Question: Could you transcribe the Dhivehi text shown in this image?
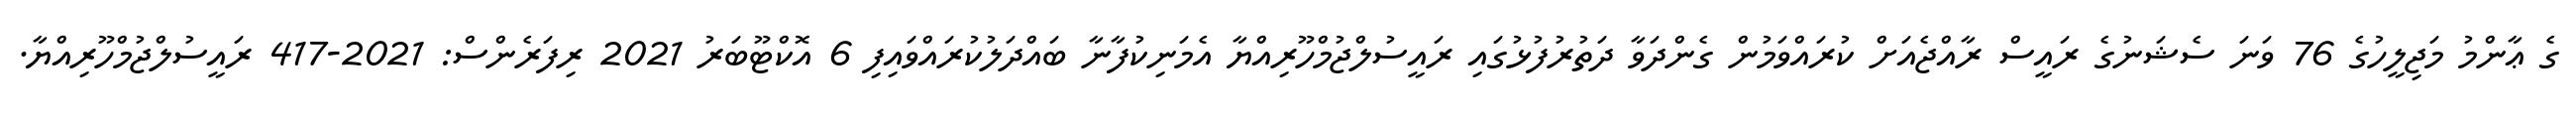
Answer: ގެ ޢާންމު މަޖިލީހުގެ 76 ވަނަ ސެޝަނުގެ ރައީސް ރާއްޖެއަށް ކުރައްވަމުން ގެންދަވާ ދަތުރުފުޅުގައި ރައީސުލްޖުމްހޫރިއްޔާ އެމަނިކުފާނާ ބައްދަލުކުރައްވައިފި 6 އޮކްޓޫބަރު 2021 ރިފަރެންސް: 2021-417 ރައީސުލްޖުމްހޫރިއްޔާ.